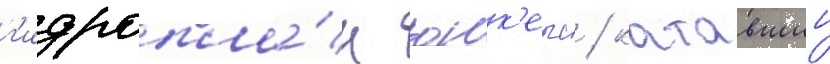
г'идропла́н юнк'ерс / катавшии